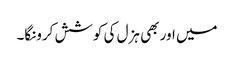
میں اور بھی ہزل کی کوشش کرونگا۔